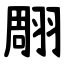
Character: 翢